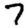
Digit: 7